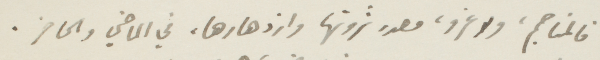
فالمناجم، ولا غرو، مصدر ثروتها وازدهارها، في الماضي والحاضر.